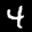
Label: 4